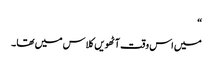
“
میں اس وقت آٹھویں کلاس میں تھا ۔